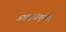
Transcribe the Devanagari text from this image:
अष्टभुजाकृतीत